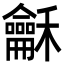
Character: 龢